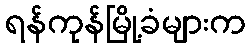
ရန်ကုန်မြို့ခံများက